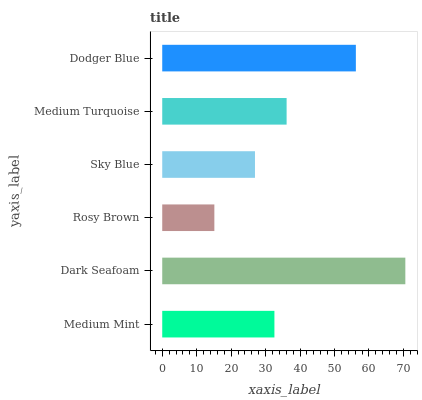
| yaxis_label | bars |
 | --- | --- |
 | Medium Mint | 32.6 |
 | Dark Seafoam | 70.6 |
 | Rosy Brown | 15.1 |
 | Sky Blue | 26.9 |
 | Medium Turquoise | 36.1 |
 | Dodger Blue | 56.2 |